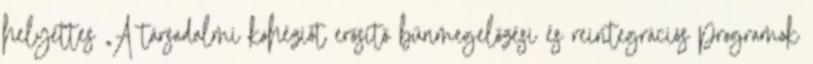
helyettes „A társadalmi kohéziót erősítő bűnmegelőzési és reintegrációs programok